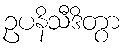
ဥပနိသီဒိတွာ